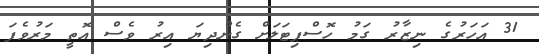
31 އަހަރުގެ ނިޒާރު ގަމު ހޮސްޕިޓަލަށް ގެންދިޔަ އިރު ވެސް އޮތީ މަރުވެފަ